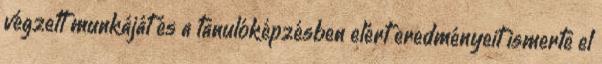
végzett munkáját és a tanulóképzésben elért eredményeit ismerte el